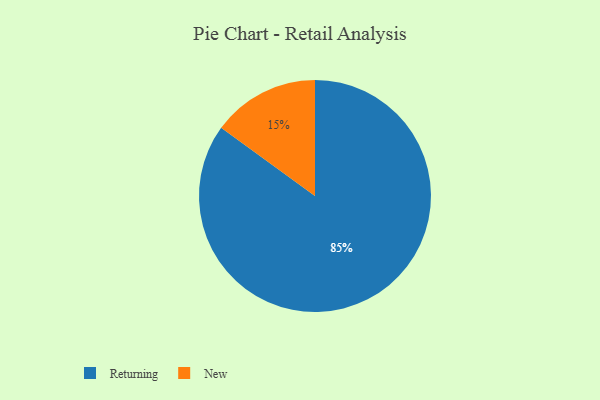
{"axis": {"x": "Category", "y": "Percentage"}, "legend": ["New", "Returning"], "data": [{"x": "New", "y": 15, "type": "New"}, {"x": "Returning", "y": 85, "type": "Returning"}]}